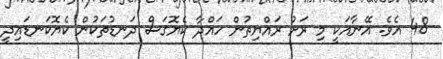
48 އެވެ. އޭނާއަކީ މި ރަށު ރައްޔިތުން ހައްދާ ކެޔޮގަސް ދަނޑުތަކުން ކެޔޮކަނޑައިދީ